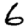
Digit: 6